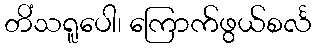
တိံသရူပေါ၊ ကြောက်ဖွယ်စင်္လ